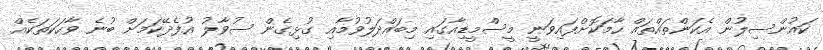
ކައުންސިލުން އެކަންތައްތައް ހާމަކޮށްފައިވަނީ މީސްމީޑިއާގައި މިބައްދަލުވުމާއި ގުޅިގެން ސުވާލު އުފެދޭކަމަށް ބުނެ ވާހަކަތަކެއް